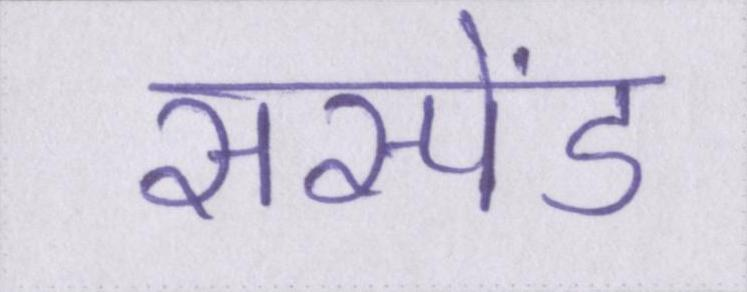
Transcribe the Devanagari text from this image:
सस्पेंड